Account of plague administration in the Bombay Presidency from September 1896 till May 1897
Year: 1896
Disease focus: Plague
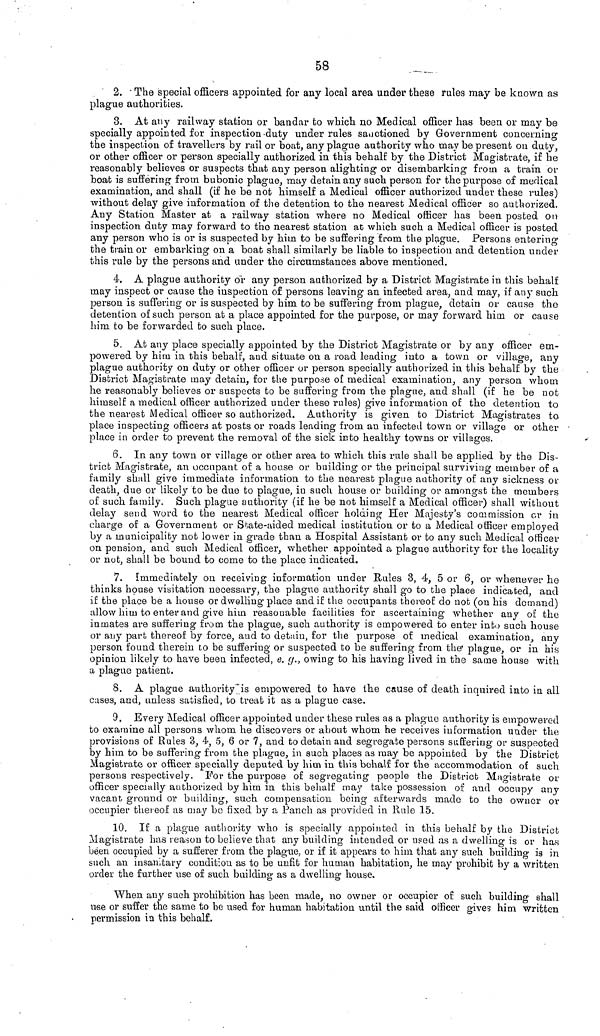
58
2. The special officers appointed for any local area under these rules may be known as
plague authorities.
3. At any railway station or bandar to which no Medical officer has been or may be
specially appointed for inspection duty under rules sanctioned by Government concerning
the inspection of travellers by rail or boat, any plague authority who may be present on duty,
or other officer or person specially authorized in this behalf by the District Magistrate, if he
reasonably believes or suspects that any person alighting or disembarking from a train or
boat is suffering from bubonic plague, may detain any such person for the purpose of medical
examination, and shall (if he be not himself a Medical officer authorized under these rules)
without delay give information of the detention to the nearest Medical officer so authorized.
Any Station Master at a railway station where no Medical officer has been posted cm
inspection duty may forward to the nearest station at which such a Medical officer is posted
any person who is or is suspected by him to be suffering from the plague. Persons entering
the train or embarking on a boat shall similarly be liable to inspection and detention under
this rule by the persons and under the circumstances above mentioned.
4. A plague authority or any person authorized by a District Magistrate in this behalf
may inspect or cause the inspection of persons leaving an infected area, and may, if any such
person is suffering or is suspected by him to be suffering from plague, detain or cause the
detention of such person at a place appointed for the purpose, or may forward him or cause
him to be forwarded to such place.
5. At any place specially appointed by the District Magistrate or by any officer em-
powered by him in this behalf, and situate on a road leading into a town or village, any
plague authority on duty or other officer or person specially authorized in this behalf by the
District Magistrate may detain, for the purpose of medical examination, any person whom
he reasonably believes or suspects to be suffering from the plague, and shall (if he be not
himself a medical officer authorized under these rules) give information of the detention to
the nearest Medical officer so authorized. Authority is given to District Magistrates to
place inspecting officers at posts or roads leading from an infected town or village or other
place in order to prevent the removal of the sick into healthy towns or villages.
6. In any town or village or other area to which this rule shall be applied by the Dis-
trict Magistrate, an occupant of a house or building or the principal surviving member of a
family shall give immediate information to the nearest plague authority of any sickness or
death, due or likely to be due to plague, in such house or building or amongst the members
of such family. Such plague authority (if he be not himself a Medical officer) shall without
delay send word to the nearest Medical officer holding Her Majesty's commission or in
charge of a Government or State-aided medical institution or to a Medical officer employed
by a municipality not lower in grade than a Hospital Assistant or to any such Medical officer
on pension, and such Medical officer, whether appointed a plague authority for the locality
or not, shall be bound to come to the place indicated.
7. Immediately on receiving information under Rules 3, 4, 5 or 6, or whenever he
thinks house visitation necessary, the plague authority .shall go to the place indicated, and
if the place be a house or dwelling place and if the occupants thereof do not (on his demand)
allow him to enter and give him reasonable facilities for ascertaining whether any of the
inmates are suffering from the plague, such authority is empowered to enter into such house
or any part thereof by force, and to detain, for the purpose of medical examination, any
person found therein to be suffering or suspected to be suffering from the plague, or in his
opinion likely to have been infected, e. g.,. owing to his having lived in the same house with
a plague patient.
8. A plague authority is empowered to have the cause of death inquired into in all
cases, and, unless satisfied, to treat it as a plague case.
9. Every Medical officer appointed under these rules as a plague authority is empowered
to examine all persons whom he discovers or about whom he receives information under the
provisions of Rules 3, 4, 5, 6 or 7, and to detain and segregate persons suffering or suspected
by him to be suffering from the plague, in such places as may be appointed by the District
Magistrate or officer specially deputed by him in this behalf for the accommodation of such
persons respectively. For the purpose of segregating people the District Magistrate or
officer specially authorized by him in this behalf may take possession of and occupy any
vacant ground or building, such compensation being afterwards made to the owner or
occupier thereof as may bo fixed by a Panch as provided in Rule 15.
10. If a plague authority who is specially appointed in this behalf by the District
Magistrate has reason to believe that any building intended or used as a dwelling is or has
been occupied by a sufferer from the plague, or if it appears to him that any such building is in
such an insanitary condition as to be unfit for human habitation, he may prohibit by a written
order the further use of such building as a dwelling house.
When any such prohibition has been made, no owner or occupier of such building shall
use or suffer the same to be used for human habitation until the said officer gives him written
permission in this behalf.